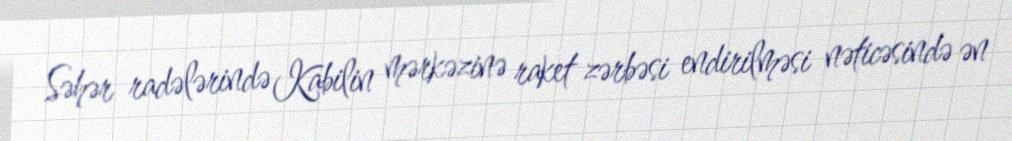
Səhər radələrində Kabilin mərkəzinə raket zərbəsi endirilməsi nəticəsində ən